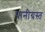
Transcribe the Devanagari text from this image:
पानीग्रस्त